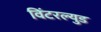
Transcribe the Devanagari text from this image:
विंटरल्युड